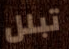
تبلل